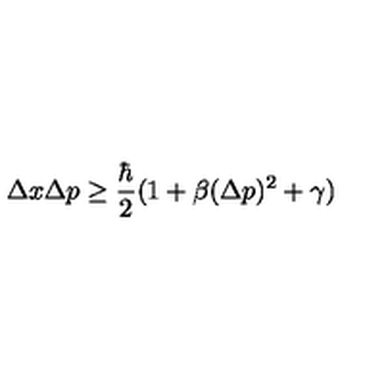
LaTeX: \Delta x \Delta p \ge \frac { \hbar } { 2 } ( 1 + \beta ( \Delta p ) ^ { 2 } + \gamma )